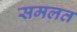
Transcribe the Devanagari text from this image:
समलत